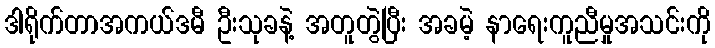
ဒါရိုက်တာအကယ်ဒမီ ဦးသုခနဲ့ အတူတွဲပြီး အခမဲ့ နာရေးကူညီမှုအသင်းကို